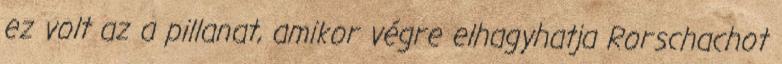
ez volt az a pillanat, amikor végre elhagyhatja Rorschachot